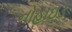
નોહાઇડ